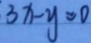
3 x - y = 0